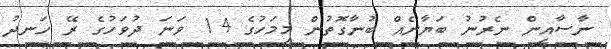
ނާސާއިން ނެރުނު ބަޔާނެއް ބުނާގޮތުން މިމަހުގެ 14 ވަނަ ދުވަހުގެ ރޭ ހަނދު